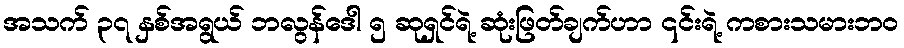
အသက် ၃၇ နှစ်အရွယ် ဘလွန်ဒေါ ၅ ဆုရှင်ရဲ့ ဆုံးဖြတ်ချက်ဟာ ၎င်းရဲ့ ကစားသမားဘဝ